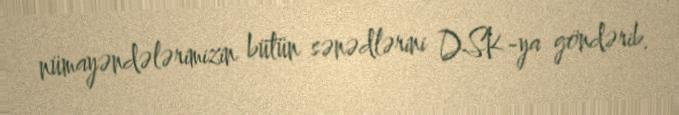
nümayəndələrimizin bütün sənədlərini DSK-ya göndərib.